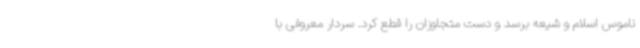
ناموس اسلام و شیعه برسد و دست متجاوزان را قطع کرد. سردار معروفی با